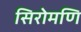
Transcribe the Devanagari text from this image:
सिरोमणि